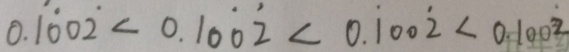
0 . 1 \dot { 0 } 0 \dot { 2 } < 0 . 1 0 \dot { 0 } \dot { 2 } < 0 . \dot { 1 } 0 0 \dot { 2 } < 0 . 1 0 0 \dot { 2 }